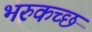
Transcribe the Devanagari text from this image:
भरुकच्छ